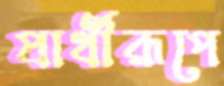
প্রার্থীরূপে